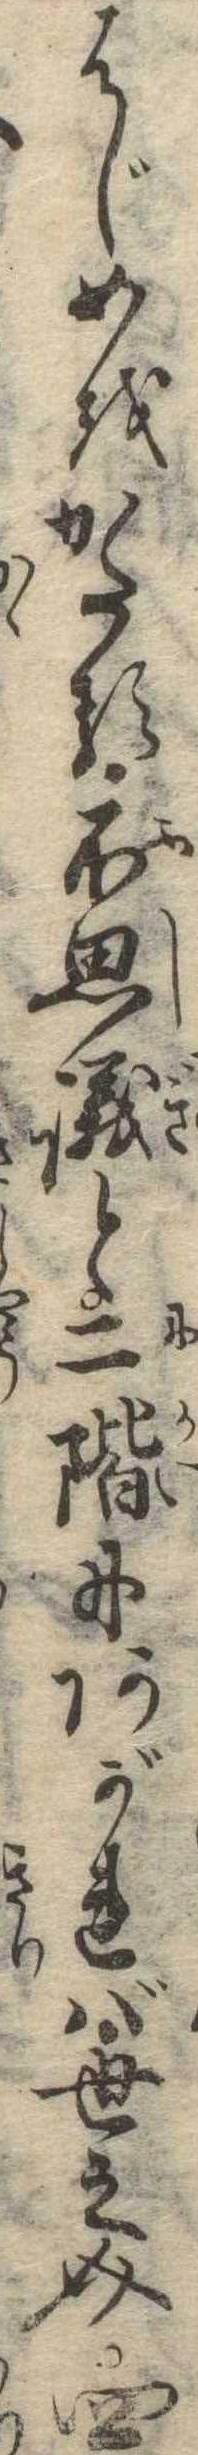
はじめをかたる不思議と二階にあがれば世之介四